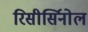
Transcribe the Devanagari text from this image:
रिसीर्सिनोल